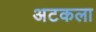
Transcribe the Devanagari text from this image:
अटकला